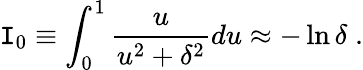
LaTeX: \mathtt{I}_{0}\equiv\int_{0}^{1}\frac{{u}}{{u^{2}+\delta^{2}}}du\approx-\ln\delta\; .